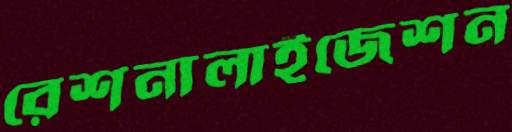
রেশনালাইজেশন